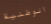
الوطنية